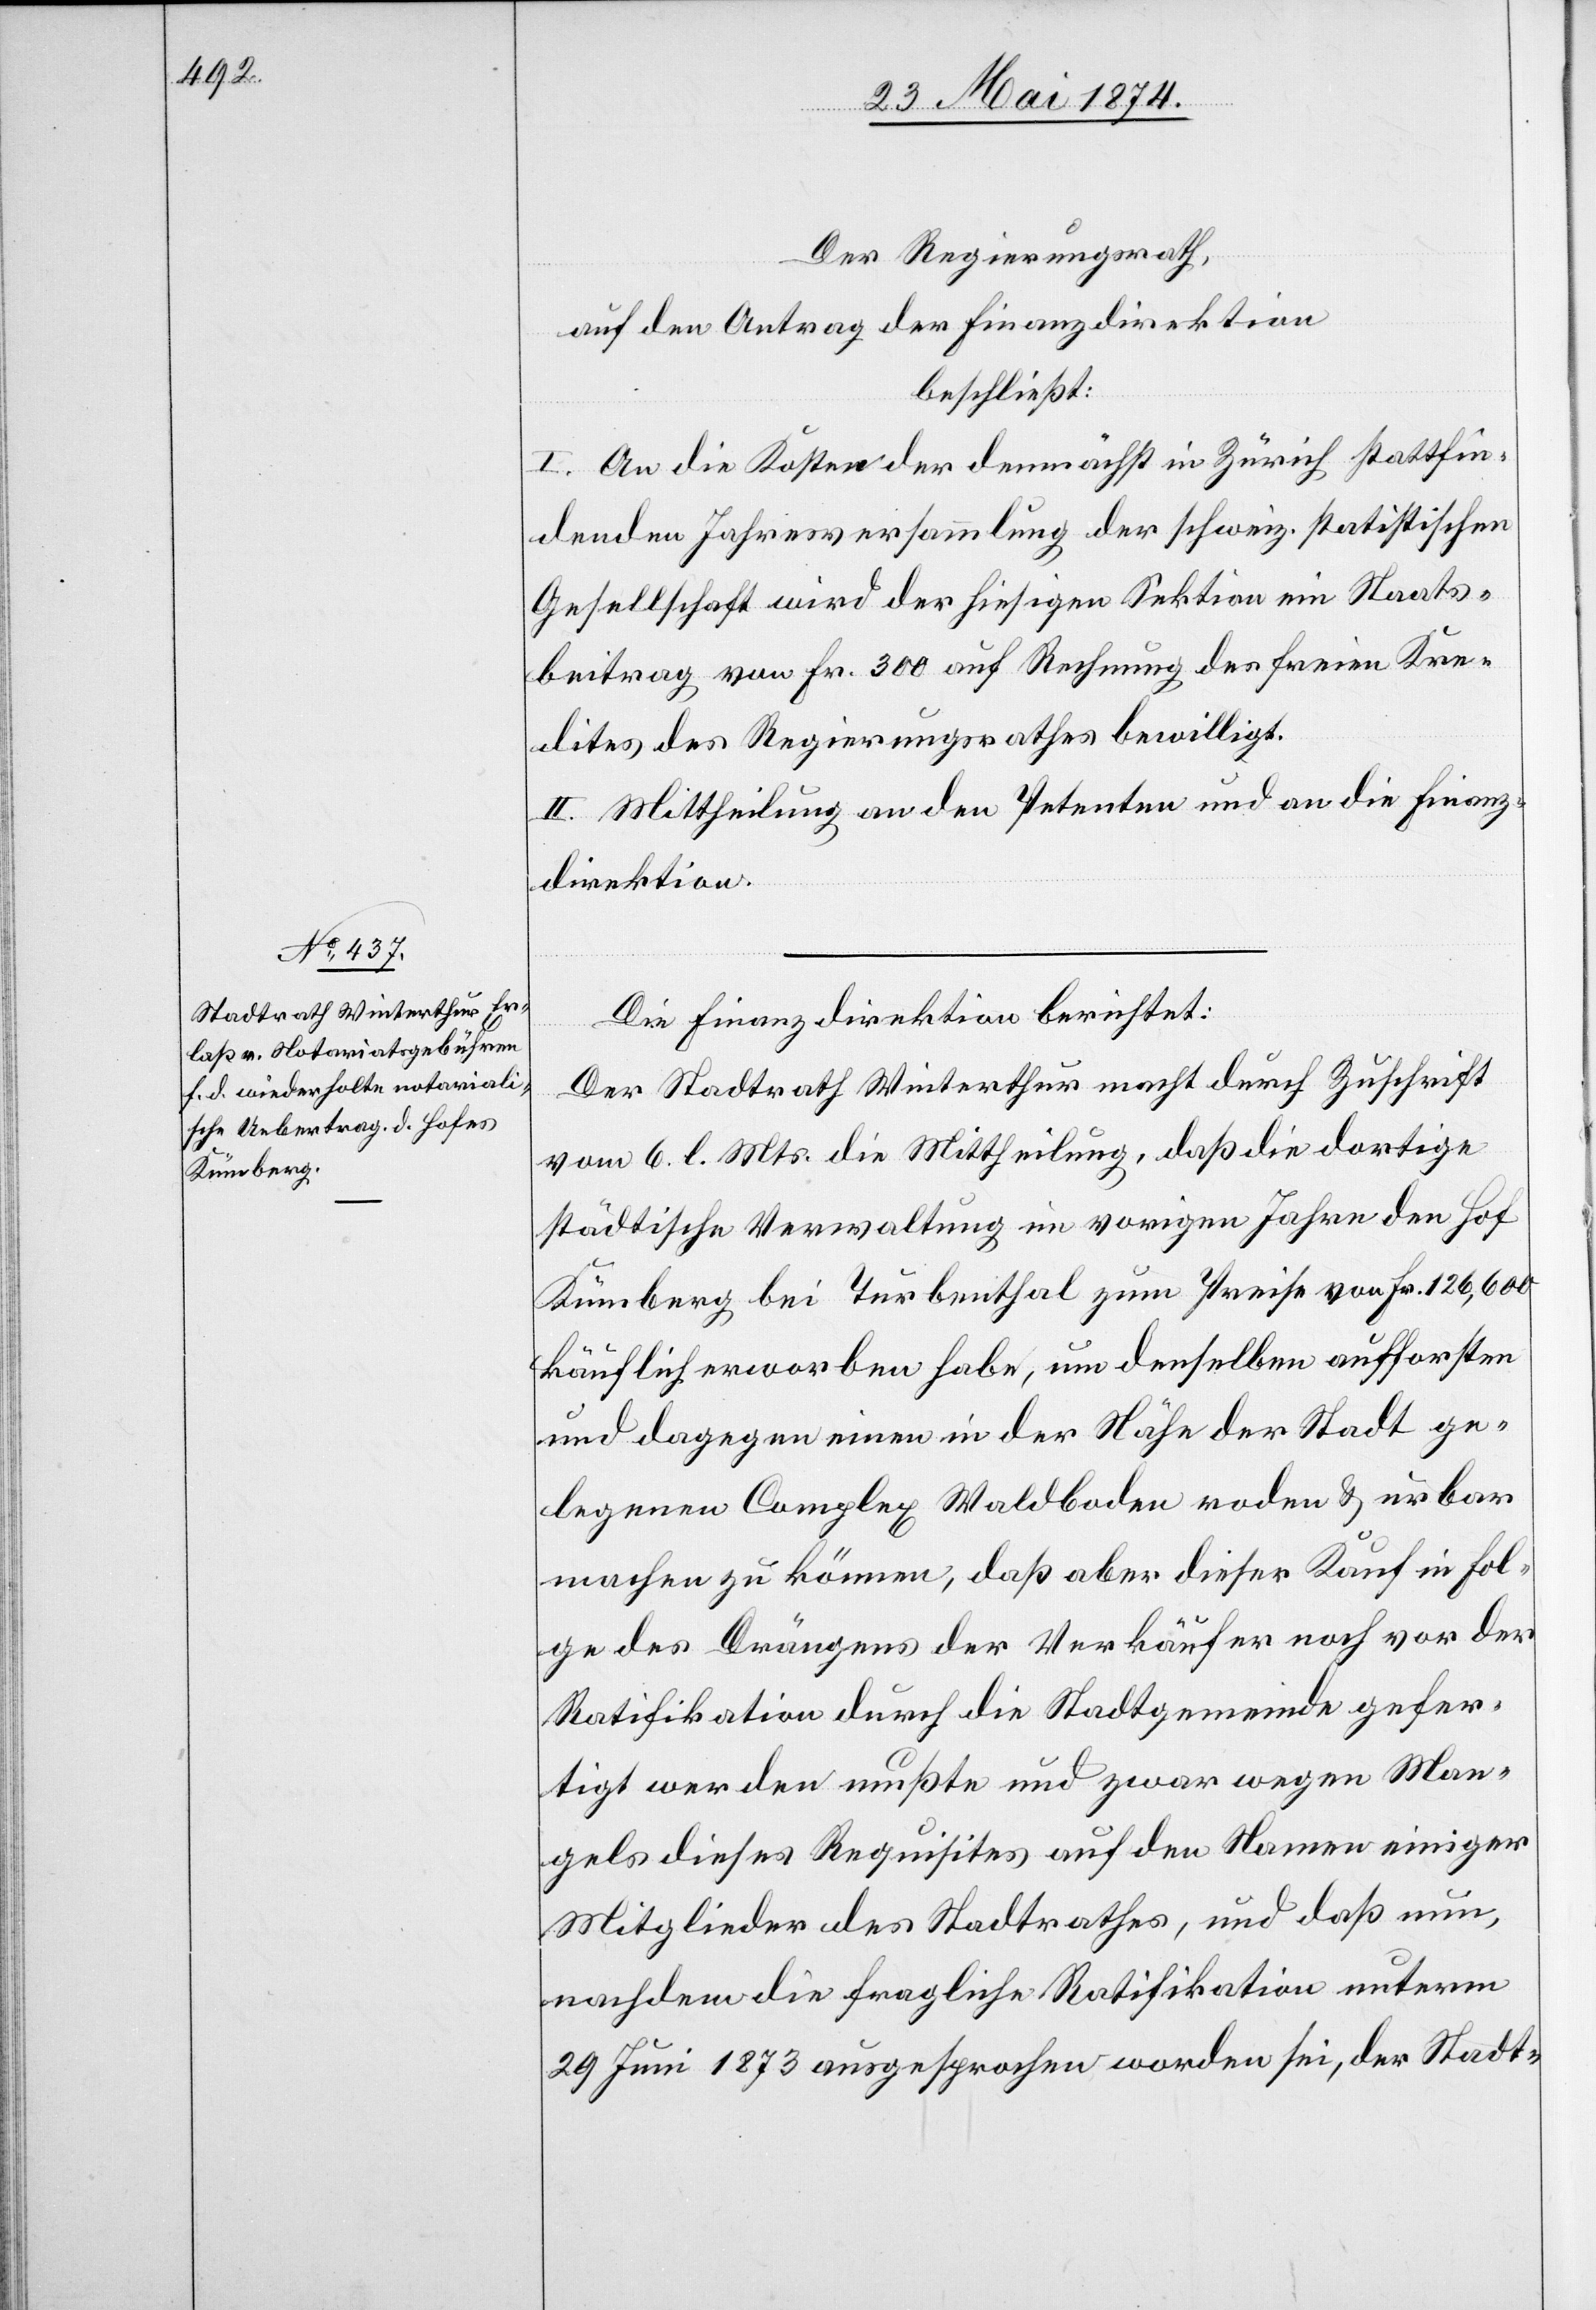
Der Regierungsrath,
auf den Antrag der Finanzdirektion
beschließt:
I. An die Kosten der demnächst in Zürich stattfin¬
denden Jahresversammlung der schweiz. statistischen
Gesellschaft wird der hiesigen Sektion ein Staats¬
beitrag von Fr. 300 auf Rechnung des freien Kre¬
dites des Regierungsrathes bewilligt.
II. Mittheilung an den Petenten und an die Finanz¬
direktion.
Die Finanzdirektion berichtet:
Der Stadtrath Winterthur macht durch Zuschrift
vom 6. l. Mts. die Mittheilung, daß die dortige
städtische Verwaltung im vorigen Jahre den Hofe
Kümberg bei Turbenthal zum Preise von Fr. 126,600
käuflich erworben habe, um denselben aufforsten
und dagegen einen in der Nähe der Stadt ge¬
legenen Complex Waldboden roden u. urbar
machen zu können, daß aber dieser Kauf in Fol¬
ge des Drängens der Verkäufer noch vor der
Ratifikation durch die Stadtgemeinde gefer¬
tigt werden mußte und zwar wegen Man¬
gels dieses Requisites auf den Namen einiger
Mitglieder des Stadtrathes, und daß nun,
nachdem die fragliche Ratifikation unterm
29. Juni 1873 ausgesprochen worden sei, der Stadt-